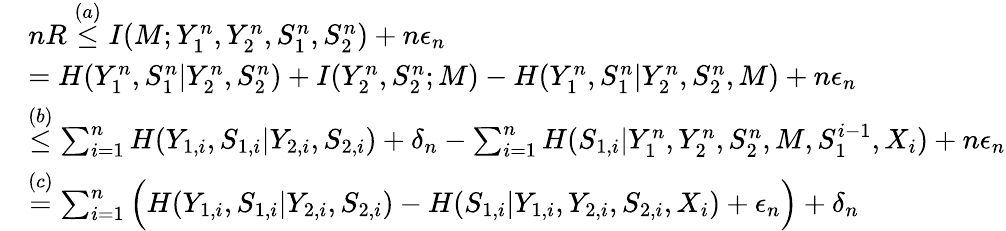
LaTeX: \begin{array}{rl}&{nR\overset{(a)}{\leq}I(M;Y_{1}^{n},Y_{2}^{n},S_{1}^{n},S_{2}^{n})+n\epsilon_{n}}\\ &{=H(Y_{1}^{n},S_{1}^{n}|Y_{2}^{n},S_{2}^{n})+I(Y_{2}^{n},S_{2}^{n};M)-H(Y_{1}^{n},S_{1}^{n}|Y_{2}^{n},S_{2}^{n},M)+n\epsilon_{n}}\\ &{\overset{(b)}{\leq}\sum_{i=1}^{n}H(Y_{1,i},S_{1,i}|Y_{2,i},S_{2,i})+\delta_{n}-\sum_{i=1}^{n}H(S_{1,i}|Y_{1}^{n},Y_{2}^{n},S_{2}^{n},M,S_{1}^{i-1},X_{i})+n\epsilon_{n}}\\ &{\overset{(c)}{=}\sum_{i=1}^{n}\Big(H(Y_{1,i},S_{1,i}|Y_{2,i},S_{2,i})-H(S_{1,i}|Y_{1,i},Y_{2,i},S_{2,i},X_{i})+\epsilon_{n}\Big)+\delta_{n}}\end{array}